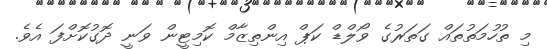
މި ތުހުމަތުތައް ގަތަރުގެ ވޯލްޑް ކަޕް އިންތިޒާމް ކޮމިޓީން ވަނީ ދޮގުކޮށްފަ އެވެ.